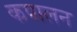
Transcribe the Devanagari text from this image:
कपालन